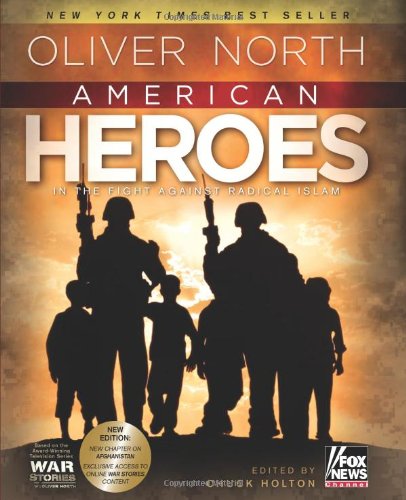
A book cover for American Heroes: In the Fight Against Radical Islam; Oliver North; History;